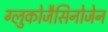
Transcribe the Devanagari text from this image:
ग्लुकोजैसिनोजेन